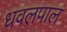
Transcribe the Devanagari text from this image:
धवलपाल